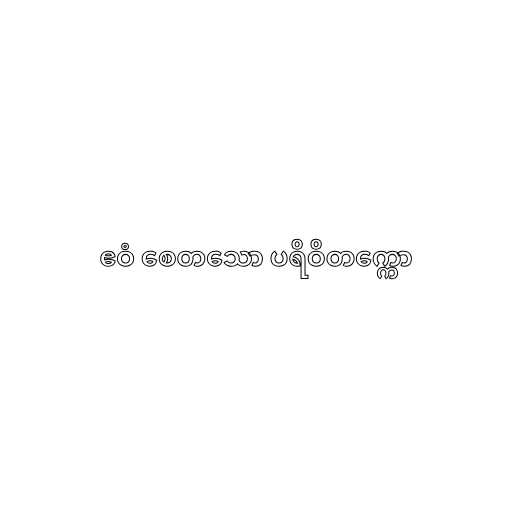
ဧဝံ စေတသော ပရိဝိတက္ကော